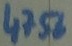
Text: 4756